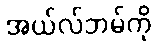
အယ်လ်ဘမ်ကို